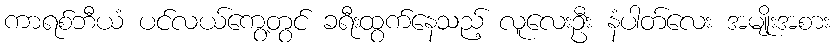
ကာရစ်ဘီယံ ပင်လယ်ကွေ့တွင် ခရီးထွက်နေသည့် လူလေးဦး နံပါတ်လေး အမျိုးအစား